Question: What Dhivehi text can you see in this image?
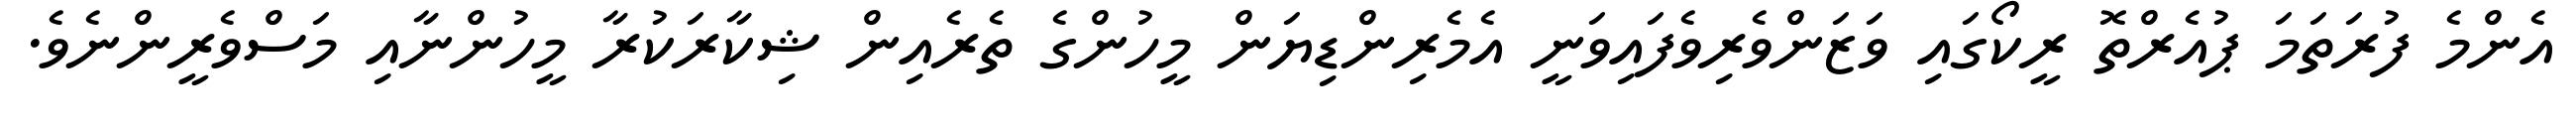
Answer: އެންމެ ފުރަތަމަ ޕުއެރްތޮ ރީކޯގައި ވަޒަންވެރިވެފައިވަނީ އެމެރިންޑިޔަން މީހުންގެ ތެރެއިން ޝިކާރަކުރާ މީހުންނާއި މަސްވެރީންނެވެ.